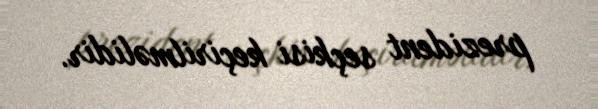
prezident seçkisi keçirilməlidir.